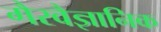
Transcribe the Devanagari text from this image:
गैरवैज्ञानिक